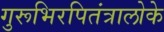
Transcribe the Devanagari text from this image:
गुरूभिरपितंत्रालोके